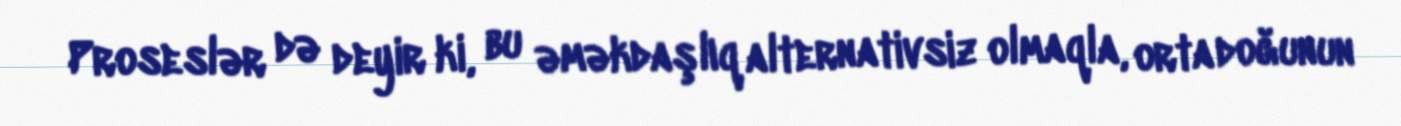
Proseslər də deyir ki, bu əməkdaşlıq alternativsiz olmaqla, orta doğunun